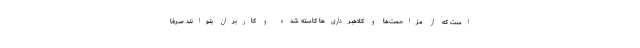
است که از مزاحمت‌ها و کلاهبرداری‌ها کاسته شده و کاربران بتوانند صرفا